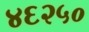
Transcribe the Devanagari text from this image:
४६२५०